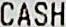
CASH